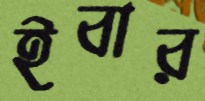
ইবার